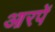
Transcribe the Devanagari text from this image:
आरपें